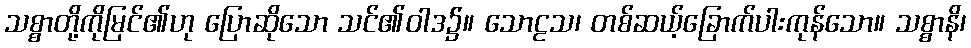
သစ္စာတို့ကိုမြင်၏ဟု ပြောဆိုသော သင်၏ဝါဒ၌။ သောဠသ၊ တစ်ဆယ့်ခြောက်ပါးကုန်သော။ သစ္စာနိ၊